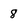
Character: 8